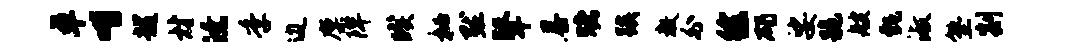
卓喈越材潦季边廪陴暌秘默鼙暴赌蹊教外徐碣娑跪艘甄淑塾剡